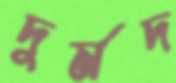
দুর্মদ